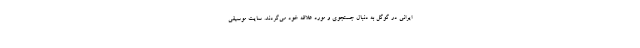
ایرانی در گوگل به دنبال جستجوی و مورد علاقه خود می‌گردند. سایت موسیقی‌